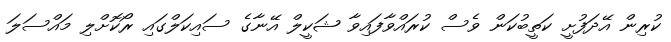
ކުރިން އޭދަފުށީ ކަތީބުކަން ވެސް ކުރައްވާފައިވާ ޝަކީލް އޭނާގެ ސައިކަލްގައި ރޯކޮށްލި މައްސަލަ